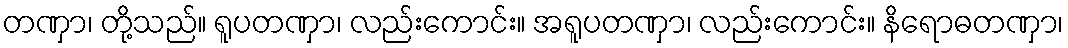
တဏှာ၊ တို့သည်။ ရူပတဏှာ၊ လည်းကောင်း။ အရူပတဏှာ၊ လည်းကောင်း။ နိရောဓတဏှာ၊